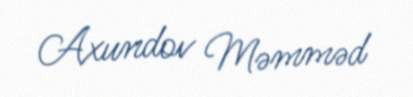
Axundov Məmməd